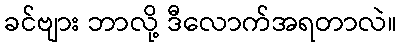
ခင်ဗျား ဘာလို့ ဒီလောက်အရတာလဲ။